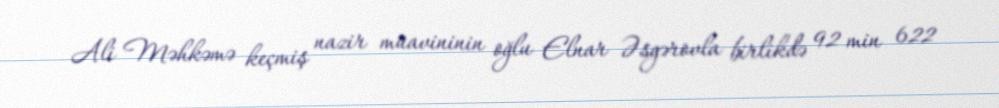
Ali Məhkəmə keçmiş nazir müavininin oğlu Elnar Əsgərovla birlikdə 92 min 622